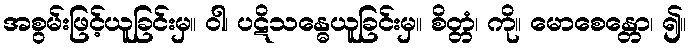
အစွမ်းဖြင့်ယူခြင်းမှ။ ဝါ၊ ပဋိသန္ဓေယူခြင်းမှ။ စိတ္တံ၊ ကို။ မောစေန္တော၊ ၍။